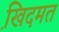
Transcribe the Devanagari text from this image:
खि़दमत